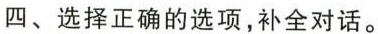
四、选择正确的选项,补全对话。